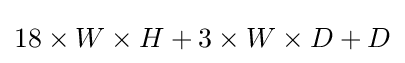
18\times W\times H+3\times W\times D+D